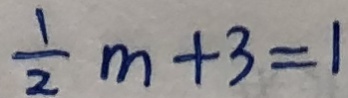
\frac { 1 } { 2 } m + 3 = 1